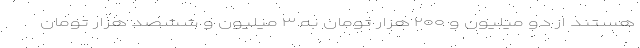
هستند از دو میلیون و ۲۰۰ هزار تومان به ۳ میلیون و ششصد هزار تومان